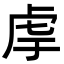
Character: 䖉